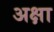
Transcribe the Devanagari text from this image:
अक्षा